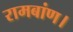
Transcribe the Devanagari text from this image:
रामबांण।